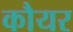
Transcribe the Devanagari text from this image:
कौयर